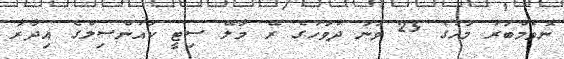
ނޮވެމްބަރު މަހުގެ 25 ވަނަ ދުވަހުގެ ރޭ މާލޭ ސިޓީ ކައުންސިލްގެ އިދާރާ